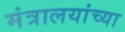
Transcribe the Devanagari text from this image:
मंत्रालयांच्या